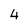
Character: 4